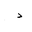
Letter: _dal